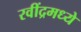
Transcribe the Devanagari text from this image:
रवींद्रमध्ये